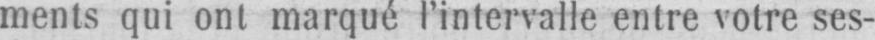
ments qui ont marqué l’intervalle entre votre ses-